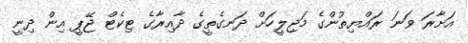
އަށާރަ ވަނަ ރައްޔިތުންގެ މަޖިލީހަށް ދަނގެތީގެ ދާއިރާގެ ޓިކެޓް ޖޭޕީ އިން ދިނީ